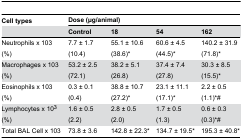
| Cell types | <COLSPAN=4> Dose (μg/animal) |
 |  | Control | 18 | 54 | 162 |
 | --- | --- | --- | --- | --- |
 | Neutrophils x 103 (%) | 7.7 ± 1.7 (10.4) | 55.1 ± 10.6 (38.6)* | 60.6 ± 4.5 (44.5)* | 140.2 ± 31.9 (71.8)* |
 | Macrophages x 103 (%) | 53.2 ± 2.5 (72.1) | 38.2 ± 5.1 (26.8) | 37.4 ± 7.4 (27.8) | 30.3 ± 8.5 (15.5)* |
 | Eosinophils x 103 (%) | 0.3 ± 0.1 (0.4) | 38.8 ± 10.7 (27.2)* | 23.1 ± 11.1 (17.1)* | 2.2 ± 0.5 (1.1)*# |
 | Lymphocytes x 103 (%) | 1.6 ± 0.5 (2.2) | 2.8 ± 0.5 (2.0) | 1.7 ± 0.5 (1.3) | 0.6 ± 0.3 (0.3)*# |
 | Total BAL Cell x 103 | 73.8 ± 3.6 | 142.8 ± 22.3* | 134.7 ± 19.5* | 195.3 ± 40.8* |